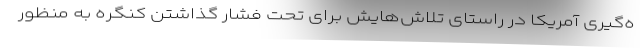
ه‌گیری آمریکا در راستای تلاش‌هایش برای تحت فشار گذاشتن کنگره به منظور